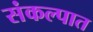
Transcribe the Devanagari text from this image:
संकल्पात